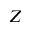
Z